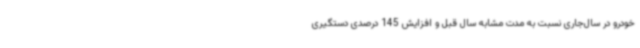
خودرو در سال‌جاری نسبت به مدت مشابه سال قبل و افزایش 145 درصدی دستگیری